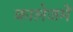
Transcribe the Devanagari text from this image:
कालेजमें